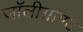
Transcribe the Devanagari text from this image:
जॉलीग्राण्ट